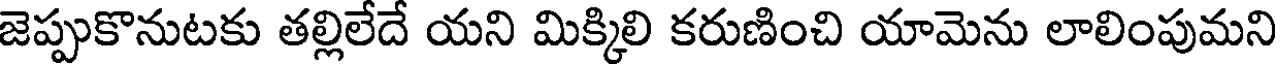
జెప్పుకొనుటకు తల్లిలేదే యని మిక్కిలి కరుణించి యామెను లాలింపుమని